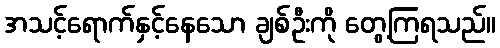
အသင့်ရောက်နှင့်နေသော ချစ်ဦးကို တွေ့ကြရသည်။